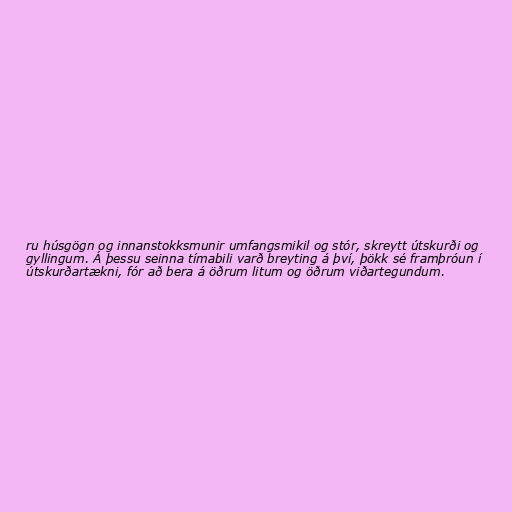
ru húsgögn og innanstokksmunir umfangsmikil og stór, skreytt útskurði og
gyllingum. Á þessu seinna tímabili varð breyting á því, þökk sé framþróun í
útskurðartækni, fór að bera á öðrum litum og öðrum viðartegundum.